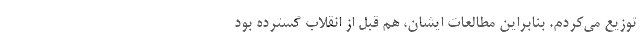
توزیع می‌کردم. بنابراین مطالعات ایشان، هم قبل از انقلاب‌ گسترده بود